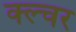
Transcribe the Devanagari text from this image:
क्ल्चर